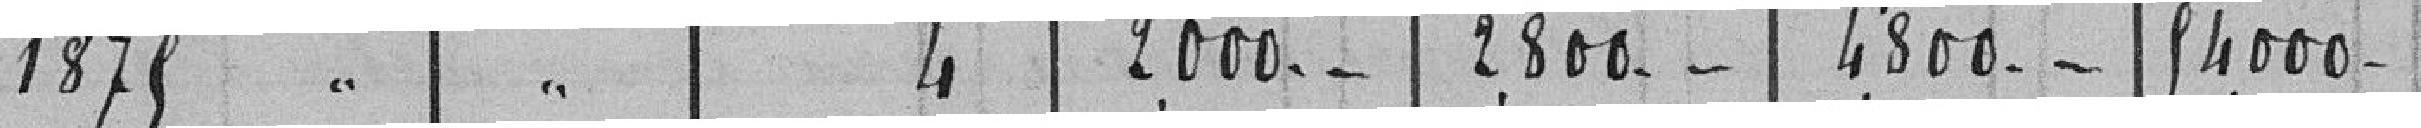
1875 " " 4 2.000 - - 2.800 - - 4.800 - - 54.000 -